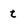
Character: t